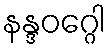
နန္ဒဝဂ္ဂေါ